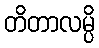
တိတာလမ္ပိ